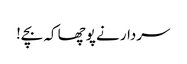
سردار نے پوچھا کہ بچے!